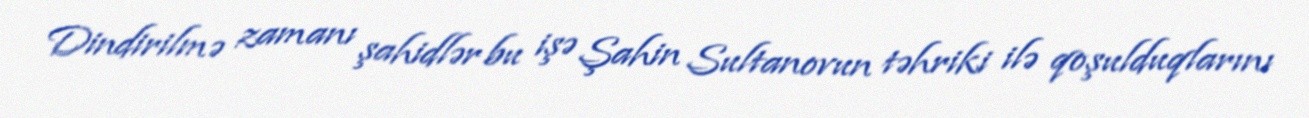
Dindirilmə zamanı şahidlər bu işə Şahin Sultanovun təhriki ilə qoşulduqlarını